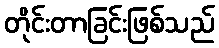
တိုင်းတာခြင်းဖြစ်သည်